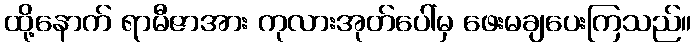
ထို့နောက် ရာမီဇာအား ကုလားအုတ်ပေါ်မှ ဖေးမချပေးကြသည်။